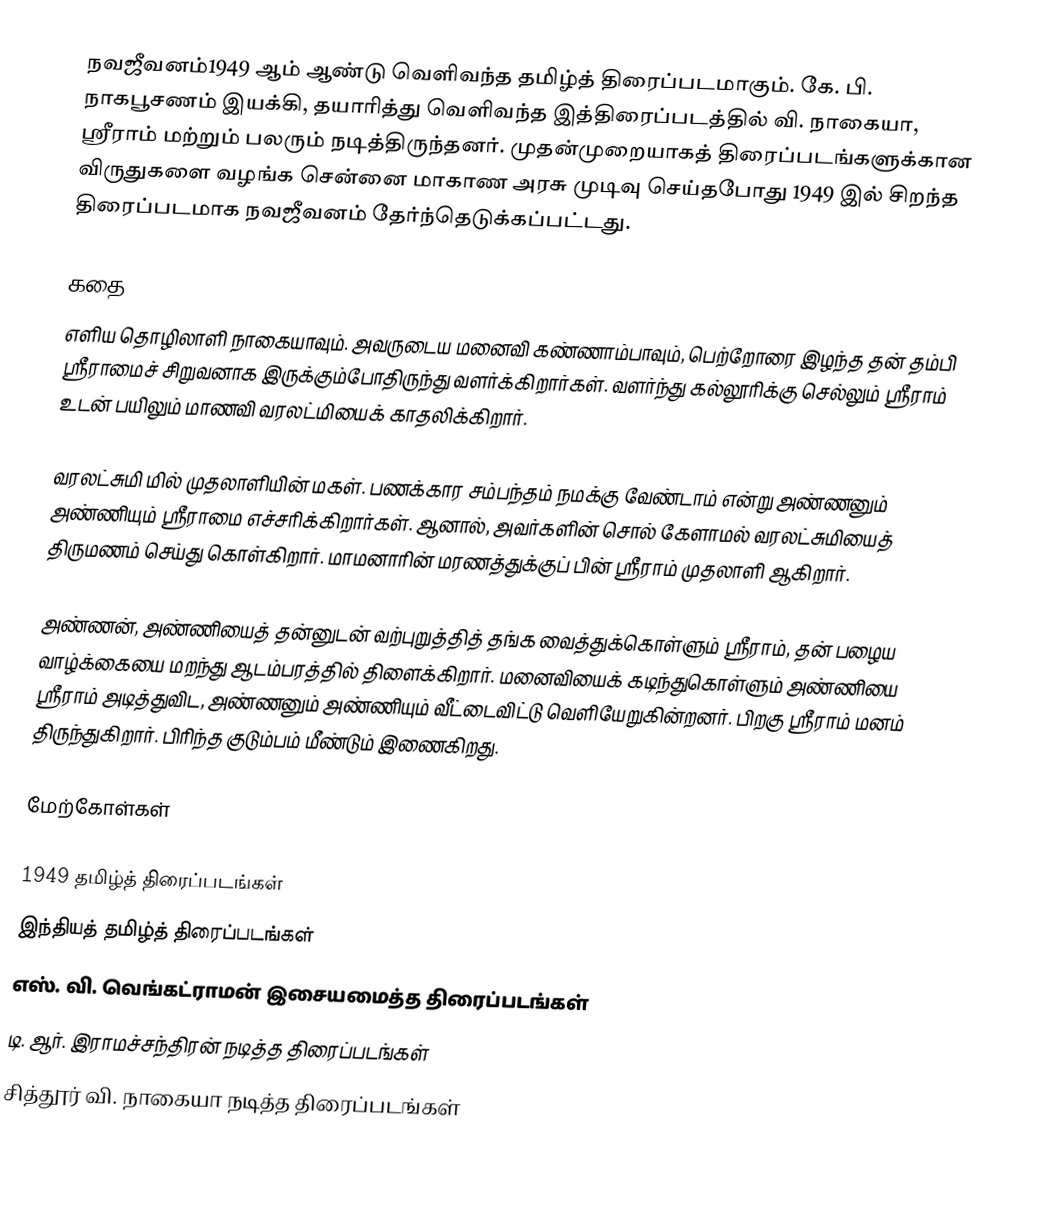
நவஜீவனம்1949 ஆம் ஆண்டு வெளிவந்த தமிழ்த் திரைப்படமாகும். கே. பி. நாகபூசணம் இயக்கி, தயாரித்து வெளிவந்த இத்திரைப்படத்தில் வி. நாகையா, ஸ்ரீராம் மற்றும் பலரும் நடித்திருந்தனர். முதன்முறையாகத் திரைப்படங்களுக்கான விருதுகளை வழங்க சென்னை மாகாண அரசு முடிவு செய்தபோது 1949 இல் சிறந்த திரைப்படமாக நவஜீவனம் தேர்ந்தெடுக்கப்பட்டது.

கதை
எளிய தொழிலாளி நாகையாவும். அவருடைய மனைவி கண்ணாம்பாவும், பெற்றோரை இழந்த தன் தம்பி ஸ்ரீராமைச் சிறுவனாக இருக்கும்போதிருந்து வளர்க்கிறார்கள். வளர்ந்து கல்லூரிக்கு செல்லும்  ஸ்ரீராம் உடன் பயிலும் மாணவி வரலட்மியைக் காதலிக்கிறார்.

வரலட்சுமி மில் முதலாளியின் மகள். பணக்கார சம்பந்தம் நமக்கு வேண்டாம் என்று அண்ணனும் அண்ணியும் ஸ்ரீராமை எச்சரிக்கிறார்கள். ஆனால், அவர்களின் சொல் கேளாமல் வரலட்சுமியைத் திருமணம் செய்து கொள்கிறார். மாமனாரின் மரணத்துக்குப் பின் ஸ்ரீராம் முதலாளி ஆகிறார்.

அண்ணன், அண்ணியைத் தன்னுடன் வற்புறுத்தித் தங்க வைத்துக்கொள்ளும் ஸ்ரீராம், தன் பழைய வாழ்க்கையை மறந்து ஆடம்பரத்தில் திளைக்கிறார். மனைவியைக் கடிந்துகொள்ளும் அண்ணியை ஸ்ரீராம் அடித்துவிட, அண்ணனும் அண்ணியும் வீட்டைவிட்டு வெளியேறுகின்றனர். பிறகு ஸ்ரீராம் மனம் திருந்துகிறார். பிரிந்த குடும்பம் மீண்டும் இணைகிறது.

மேற்கோள்கள்

1949 தமிழ்த் திரைப்படங்கள்
இந்தியத் தமிழ்த் திரைப்படங்கள்
எஸ். வி. வெங்கட்ராமன் இசையமைத்த திரைப்படங்கள்
டி. ஆர். இராமச்சந்திரன் நடித்த திரைப்படங்கள்
சித்தூர் வி. நாகையா நடித்த திரைப்படங்கள்